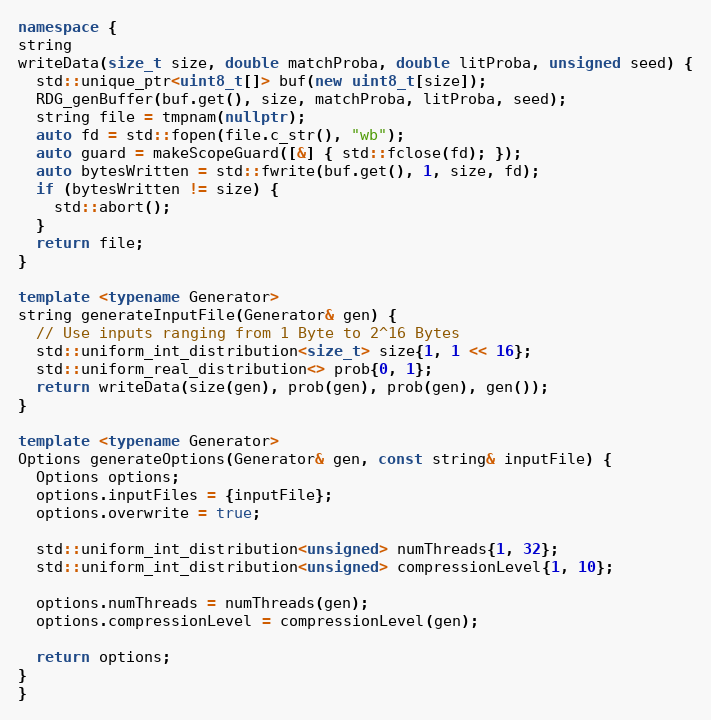
Language: C++
namespace {
string
writeData(size_t size, double matchProba, double litProba, unsigned seed) {
  std::unique_ptr<uint8_t[]> buf(new uint8_t[size]);
  RDG_genBuffer(buf.get(), size, matchProba, litProba, seed);
  string file = tmpnam(nullptr);
  auto fd = std::fopen(file.c_str(), "wb");
  auto guard = makeScopeGuard([&] { std::fclose(fd); });
  auto bytesWritten = std::fwrite(buf.get(), 1, size, fd);
  if (bytesWritten != size) {
    std::abort();
  }
  return file;
}

template <typename Generator>
string generateInputFile(Generator& gen) {
  // Use inputs ranging from 1 Byte to 2^16 Bytes
  std::uniform_int_distribution<size_t> size{1, 1 << 16};
  std::uniform_real_distribution<> prob{0, 1};
  return writeData(size(gen), prob(gen), prob(gen), gen());
}

template <typename Generator>
Options generateOptions(Generator& gen, const string& inputFile) {
  Options options;
  options.inputFiles = {inputFile};
  options.overwrite = true;

  std::uniform_int_distribution<unsigned> numThreads{1, 32};
  std::uniform_int_distribution<unsigned> compressionLevel{1, 10};

  options.numThreads = numThreads(gen);
  options.compressionLevel = compressionLevel(gen);

  return options;
}
}